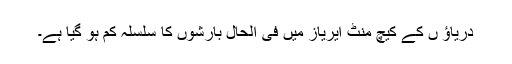
دریاؤ ں کے کیچ منٹ ایریاز میں فی الحال بارشوں کا سلسلہ کم ہو گیا ہے۔